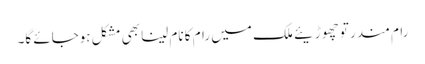
رام مندر تو چھوڑیئے ملک میں رام کا نام لینا بھی مشکل ہوجائے گا۔